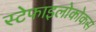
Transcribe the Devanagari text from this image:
स्टेफाइलोकोकस